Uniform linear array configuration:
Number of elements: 64
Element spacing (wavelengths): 0.75
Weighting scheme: kaiser
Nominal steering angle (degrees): -45
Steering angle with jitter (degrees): -44.453
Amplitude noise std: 0.05
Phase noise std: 0.05

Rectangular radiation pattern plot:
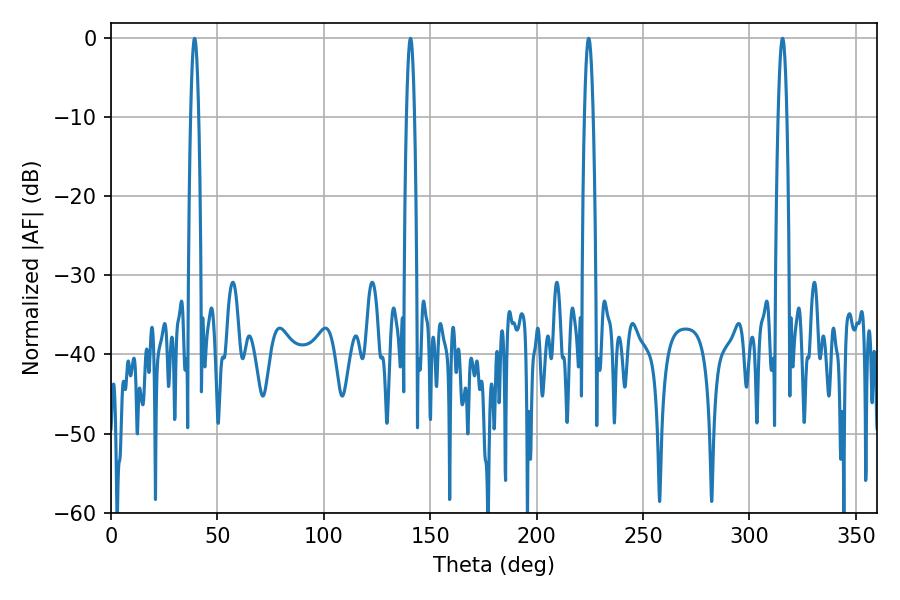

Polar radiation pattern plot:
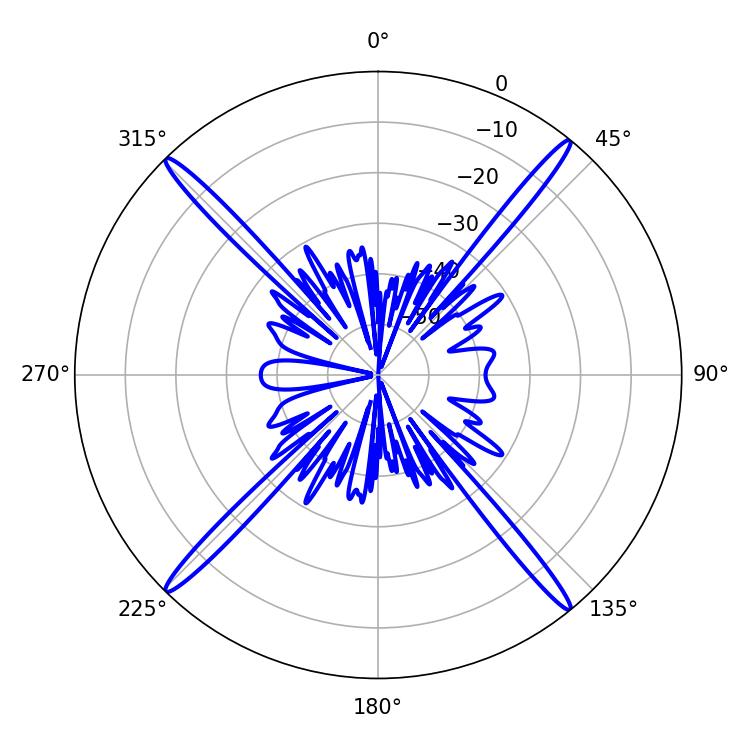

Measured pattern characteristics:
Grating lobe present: TRUE
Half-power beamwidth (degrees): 2.16
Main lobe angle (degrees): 224.46